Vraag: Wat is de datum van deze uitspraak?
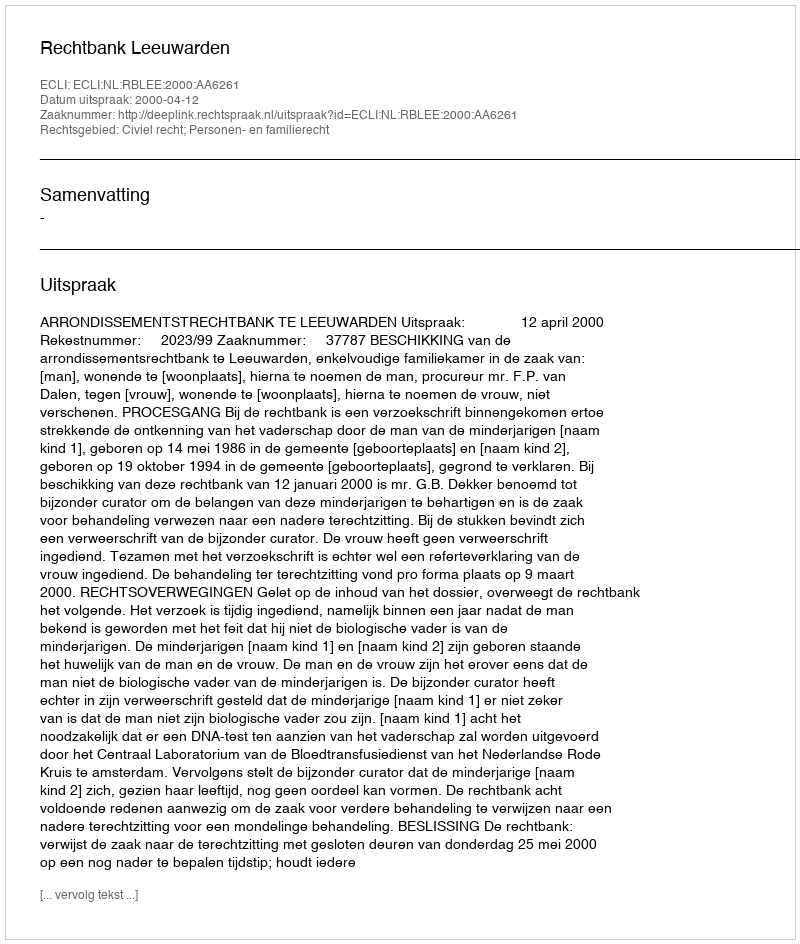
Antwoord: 2000-04-12